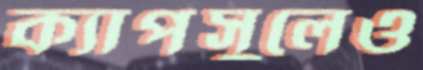
ক্যাপসুলেও